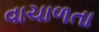
વાચાળતા